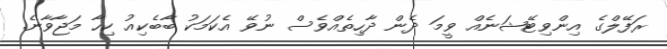
ރަފޭލްގެ އިންވިޓޭޝަނެއް ވީމަ ދެން ދާހިތެއްވެސް ނުވޭ އެކަމަކު ބާބެކިއު ކިހާ މަޖާވާނެ.